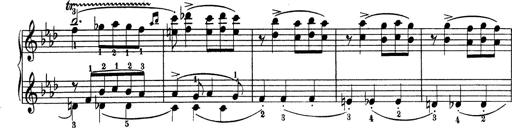
Title: Variationen Ã¼ber das Motiv von Bach
Composer: Franz Liszt